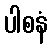
ပါစနံ